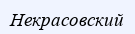
Некрасовский